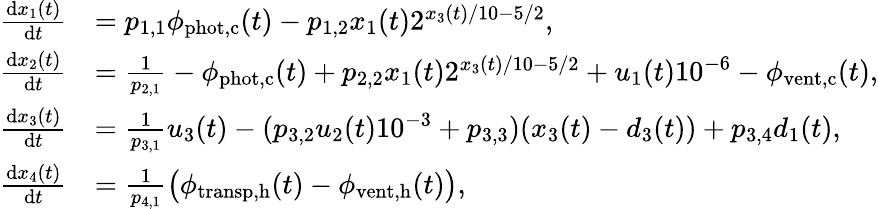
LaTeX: \begin{array}{rl}{\frac{\mathrm{d}x_{1}(t)}{\mathrm{d}t}}&{=p_{1,1}\phi_{\mathrm{phot,c}}(t)-p_{1,2}x_{1}(t)2^{x_{3}(t)/10-5/2},}\\ {\frac{\mathrm{d}x_{2}(t)}{\mathrm{d}t}}&{=\frac{1}{p_{2,1}}-\phi_{\mathrm{phot,c}}(t)+p_{2,2}x_{1}(t)2^{x_{3}(t)/10-5/2}+u_{1}(t)10^{-6}-\phi_{\mathrm{vent,c}}(t),}\\ {\frac{\mathrm{d}x_{3}(t)}{\mathrm{d}t}}&{=\frac{1}{p_{3,1}}u_{3}(t)-(p_{3,2}u_{2}(t)10^{-3}+p_{3,3})(x_{3}(t)-d_{3}(t))+p_{3,4}d_{1}(t),}\\ {\frac{\mathrm{d}x_{4}(t)}{\mathrm{d}t}}&{=\frac{1}{p_{4,1}}\big(\phi_{\mathrm{transp,h}}(t)-\phi_{\mathrm{vent,h}}(t)\big),}\end{array}